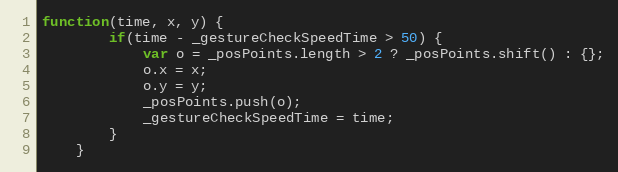
Language: JavaScript
function(time, x, y) {
		if(time - _gestureCheckSpeedTime > 50) {
			var o = _posPoints.length > 2 ? _posPoints.shift() : {};
			o.x = x;
			o.y = y;
			_posPoints.push(o);
			_gestureCheckSpeedTime = time;
		}
	}